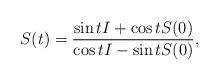
LaTeX: \begin{align*} S(t) = \dfrac{\sin t I + \cos t S(0)}{\cos t I - \sin t S(0)},\end{align*}